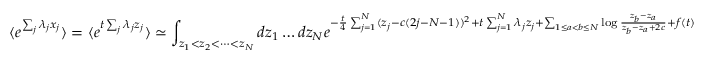
\langle e ^ { \sum _ { j } \lambda _ { j } x _ { j } } \rangle = \langle e ^ { t \sum _ { j } \lambda _ { j } z _ { j } } \rangle \simeq \int _ { z _ { 1 } < z _ { 2 } < \dots < z _ { N } } d z _ { 1 } \dots d z _ { N } e ^ { - \frac { t } { 4 } \sum _ { j = 1 } ^ { N } ( z _ { j } - c ( 2 j - N - 1 ) ) ^ { 2 } + t \sum _ { j = 1 } ^ { N } \lambda _ { j } z _ { j } + \sum _ { 1 \leq a < b \leq N } \log \frac { z _ { b } - z _ { a } } { z _ { b } - z _ { a } + 2 c } + f ( t ) }